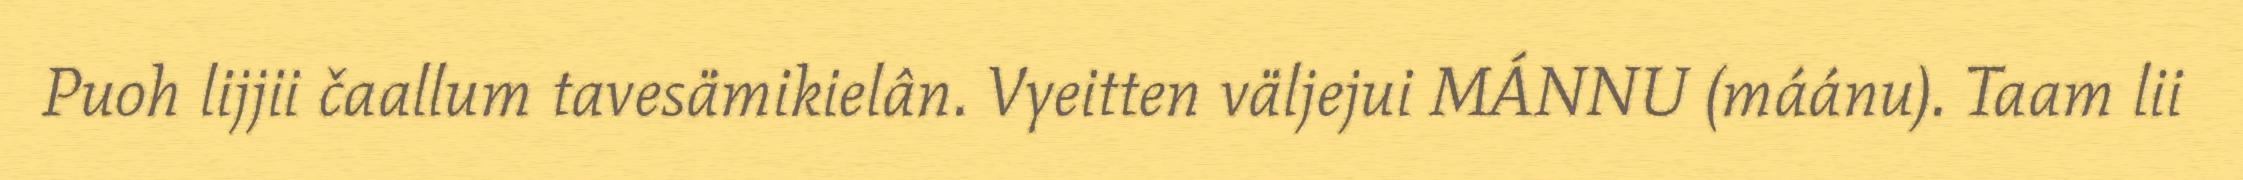
Puoh lijjii čaallum tavesämikielân. Vyeitten väljejui MÁNNU (máánu). Taam lii